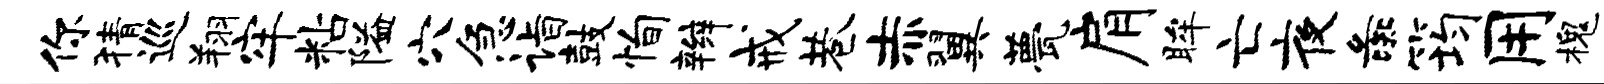
你猜巡翔牢粘隘穴急诣鼓恂辫戒巷赤翼甍肩眸亡夜彘筠用槐